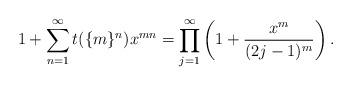
LaTeX: \begin{align*}1+\sum_{n=1}^{\infty}t(\{m\}^n)x^{mn}=\prod_{j=1}^{\infty} \left(1+\frac{x^m}{(2j-1)^m}\right).\end{align*}